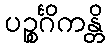
ပဉ္စင်္ဂိကန္တိ